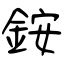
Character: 銨